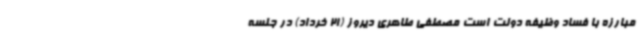
مبارزه با فساد وظیفه دولت است مصطفی طاهری دیروز (21 خرداد) در جلسه